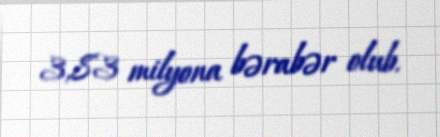
3,83 milyona bərabər olub.